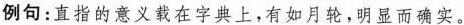
例句：直指的意义载在字典上，有如月轮，明显而确实。